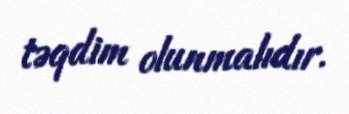
təqdim olunmalıdır.